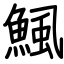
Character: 鯴